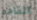
القادم